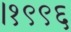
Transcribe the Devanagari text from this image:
।१९९६